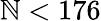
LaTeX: \mathbb{N}<176